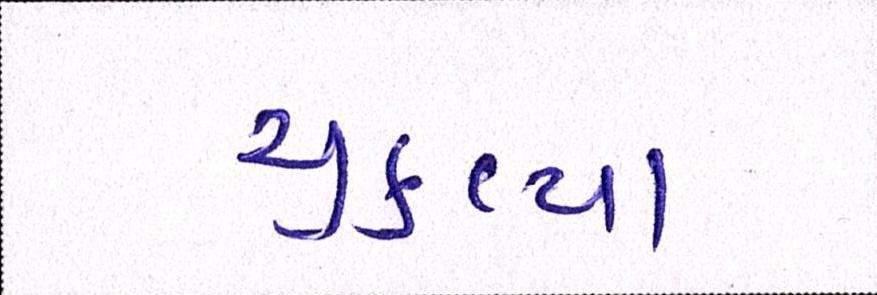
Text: ચુકવ્યા